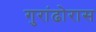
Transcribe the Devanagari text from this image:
गुरांढोरास